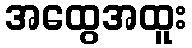
အထွေအထူး